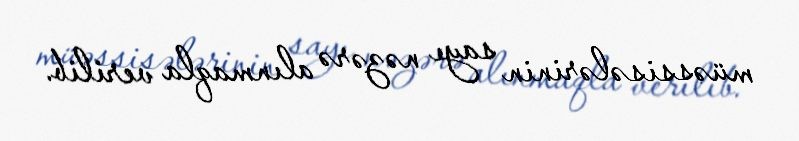
müəssisələrinin sayı nəzərə alınmaqla verilib.